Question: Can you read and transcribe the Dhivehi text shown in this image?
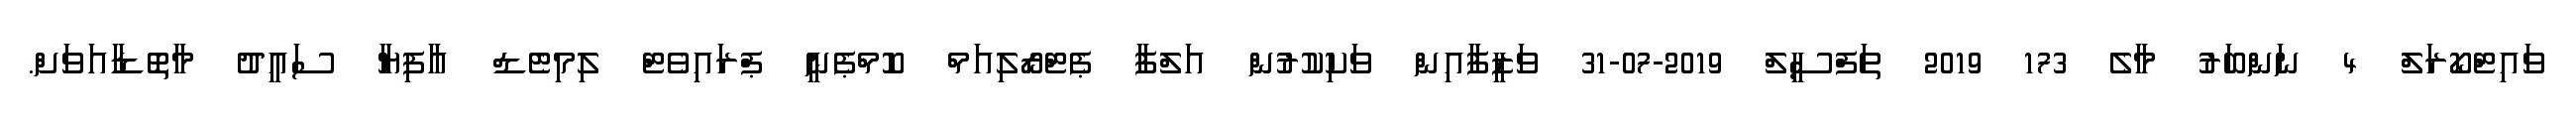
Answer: ވައިޓްކޯރަލް 4 ނަންބަރު މާލެ 173 2019 ތަފްސީލް 2019-07-31 ވަޒީފާއިން ވަކިކުރުން އަލްފާ ޕެޓްރޯލިއަމް ކޮމްޕެނީ ޕްރައިވެޓް ލިމިޓެޑް އާފިޔާ ސަޢީދު މާތޮޑާއަވަށް.